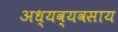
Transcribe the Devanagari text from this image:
अध्यव्यवसाय